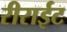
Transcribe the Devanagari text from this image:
रीराईट